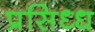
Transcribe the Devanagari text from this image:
प्रसिध्‍ध